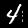
Label: 4